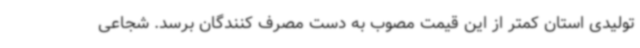
تولیدی استان کمتر از این قیمت مصوب به دست مصرف کنندگان برسد. شجاعی